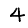
Digit: 4